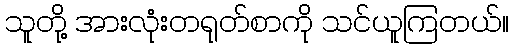
သူတို့ အားလုံးတရုတ်စာကို သင်ယူကြတယ်။